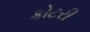
કોટરી